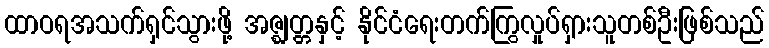
ထာဝရအသက်ရှင်သွားဖို့ အဇ္ဈတ္တနှင့် နိုင်ငံရေးတက်ကြွလှုပ်ရှားသူတစ်ဦးဖြစ်သည်